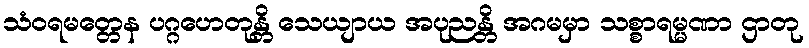
သံဝရမတ္တေန ပဂ္ဂဟေတုန္တိ သေယျာယ အပုညန္တိ အဂမမှာ သစ္စာရမ္မဏာ ဌာတု